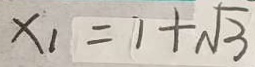
x _ { 1 } = 1 + \sqrt { 3 }